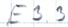
Text: E3.3